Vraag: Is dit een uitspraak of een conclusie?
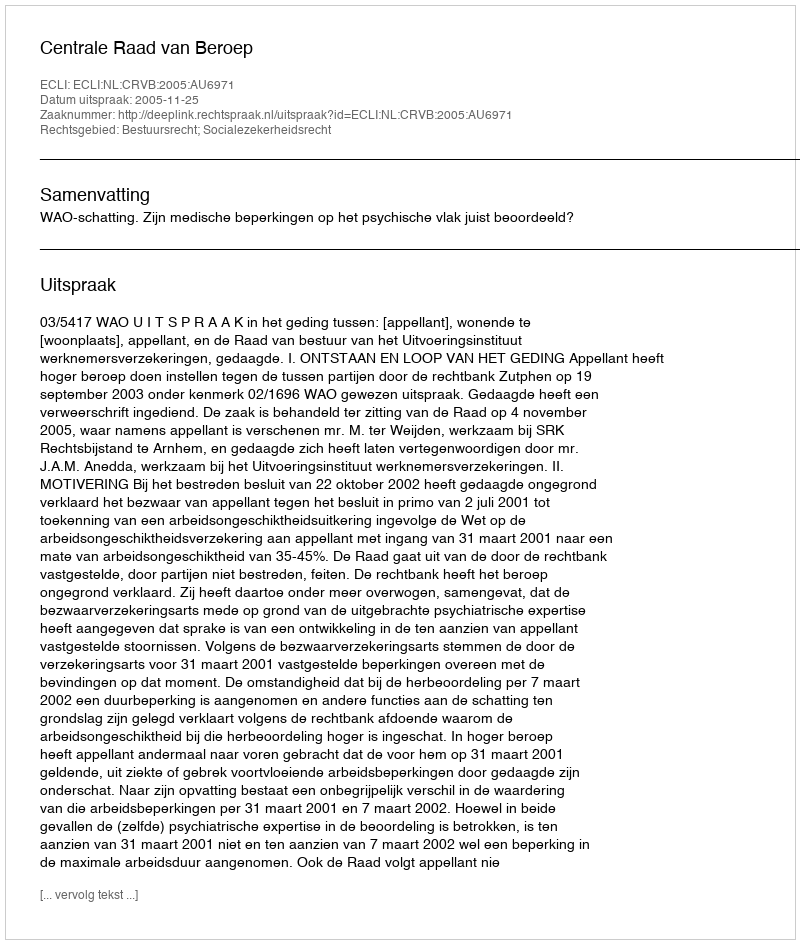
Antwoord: Uitspraak